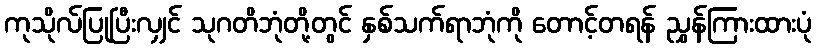
ကုသိုလ်ပြုပြီးလျှင် သုဂတိဘုံတို့တွင် နှစ်သက်ရာဘုံကို တောင့်တရန် ညွှန်ကြားထားပုံ